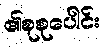
၏စုစုပေါင်း